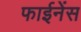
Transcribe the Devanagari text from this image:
फाईनेंस